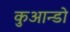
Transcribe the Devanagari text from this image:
कुआन्डो